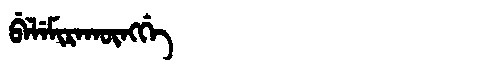
Manchu: ᠪᡝᠯᡝᠮᡳᡵᠠᡴᡡᠩᡤᡝ
Romanization: BELEMIRAKŪNGGE